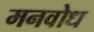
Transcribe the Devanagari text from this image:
मनवोध